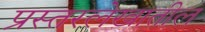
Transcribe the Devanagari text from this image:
प्रस्तरलेखातील